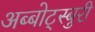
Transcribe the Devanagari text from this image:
अब्बोट्स्बुरी